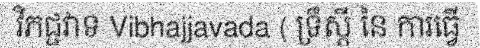
វិភជ្ជវាទ Vibhajjavada ( ទ្រឹស្តី នៃ ការធ្វើ